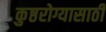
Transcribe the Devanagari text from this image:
कुष्ठरोग्यासाठी